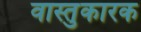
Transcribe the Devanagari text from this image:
वास्तुकारक